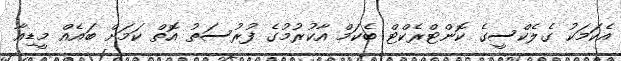
އެކަމަކު ގެލެކްސީގެ ކޮންޓްރެކްޓް ބެކަމް އާކުރުމުގެ ފުރުސަތު އޮތް ކަމަށް ބައެއް މީޑިއާ